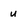
Character: u